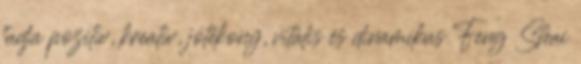
tudja pozitív, kreatív, jótékony, vitális és dinamikus Feng Shui